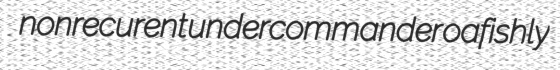
nonrecurent undercommander oafishly